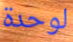
لوحدة